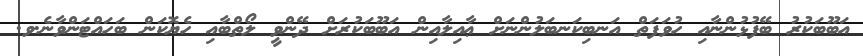
އަބޫބަކުރު ބޭފުޅުންނާއި ހުވަފަތް އަނބިކަނބަލުންނަށް ޢާއިލާއިން އަބޫބަކުރަށް ދޭންވީ ލޯތްބާއި ހެޔޮކަން ބަހައްޓަންވާނެ.ވ.